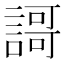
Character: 謌